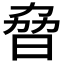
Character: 𣆕